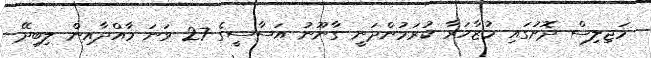
މަޖިލިސް ދޮށުގައި މުޒާހަރާ ކުރަމުންދަނީ ގާނޫނު އަސާސީގެ 27 ވަނަ މާއްދާއިން ލިބިދޭ